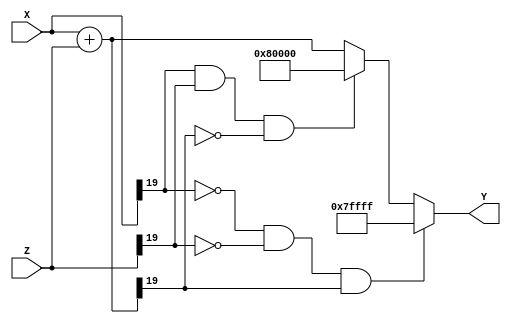
`timescale 1ns / 1ps
//////////////////////////////////////////////////////////////////////////////////
// Company: 
// Engineer: 
// 
// Design Name: 
// Module Name:    Suma 
// Project Name: 
// Target Devices: 
// Tool versions: 
// Description: 
//
// Dependencies: 
//
// Revision: 
// Revision 0.01 - File Created
// Additional Comments: 
//
//////////////////////////////////////////////////////////////////////////////////
module Suma#(parameter ancho = 20)(

//input wire reset,
input wire signed [ancho-1:0] X,
input wire signed [ancho-1:0] Z,
output wire signed [ancho-1:0] Y

    );
	 
reg signed [ancho-1:0]suma;


always@*
	begin
	suma=X+Z;
	//overflow
	if((~X[ancho-1])&(~Z[ancho-1])&(suma[ancho-1]))
		suma={1'b0,{(ancho-1){1'b1}}};
	//underflow
	
	else if((X[ancho-1])&(Z[ancho-1])&(~suma[ancho-1]))
		
		suma={1'b1,{(ancho-1){1'b0}}};
		
	end

assign Y=suma;
endmodule